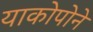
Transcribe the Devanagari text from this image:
याकोपोने